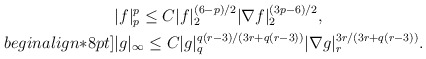
\begin{align*}&|f|^p_p \leq C |f|^{(6-p)/2}_2 |\nabla f|^{(3p-6)/2}_2,\\begin{align*}8pt]&|g|_\infty\leq C |g|^{q(r-3)/(3r+q(r-3))}_q |\nabla g|^{3r/(3r+q(r-3))}_r.\end{align*}